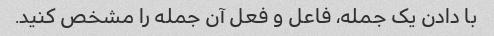
با دادن یک جمله، فاعل و فعل آن جمله را مشخص کنید.